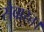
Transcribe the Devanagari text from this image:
सेवारत।